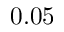
0 . 0 5